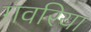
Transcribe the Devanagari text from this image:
गवरिया